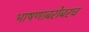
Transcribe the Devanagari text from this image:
भाषणाबरोबरच